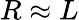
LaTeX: R\approx L